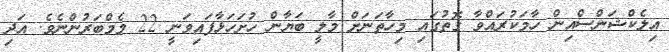
އިލެކްޝަންސްއިން ހާމަކުރައްވާ ގޮތުގައި މިހާތަނަށް މާލީ ބަޔާން ހުށަހަޅާފައިވަނީ 22 މެމްބަރުންނެވެ. އަދި